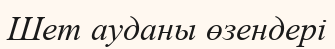
Шет ауданы өзендері